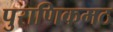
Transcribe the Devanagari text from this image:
पुराणिकमठ